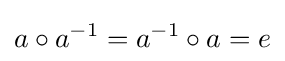
a\circ a^{-1}=a^{-1}\circ a=e